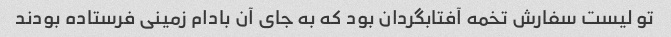
تو لیست سفارش تخمه آفتابگردان بود که به جای آن بادام زمینی فرستاده بودند